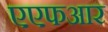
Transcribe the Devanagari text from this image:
एएफआर